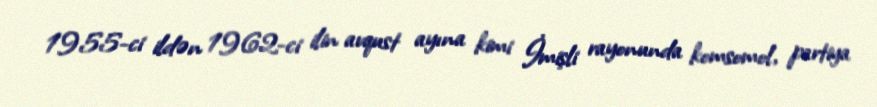
1955-ci ildən 1962-ci ilin avqust ayına kimi İmişli rayonunda komsomol, partiya